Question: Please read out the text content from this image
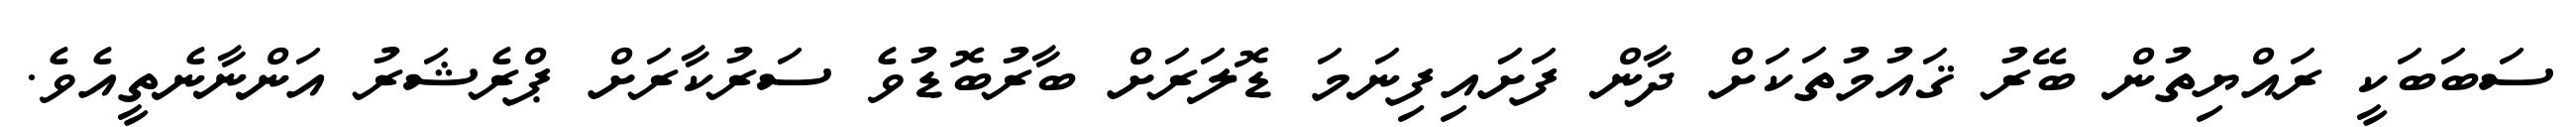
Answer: ސަބަބަކީ ރައްޔިތުން ބޭރު ޤައުމުތަކަށް ދާން ފަށަައިފިނަމަ ޑޮލަރަށް ބާރުބޮޑުވެ ސަރުކާރަށް ޕްރެޝަރު އަންނާނެތީއެވެ.